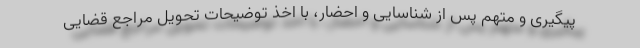
پیگیری و متهم پس از شناسایی و احضار، با اخذ توضیحات تحویل مراجع قضایی